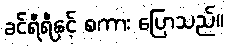
ခင်ရီရီနှင့် စကား ပြောသည်။